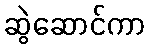
ဆွဲဆောင်ကာ